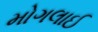
મોગલાઈ